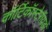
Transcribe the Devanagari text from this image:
कॉर्टिकॉस्टेरॉयडों